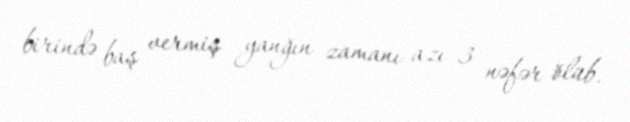
birində baş vermiş yanğın zamanı azı 3 nəfər ölüb.